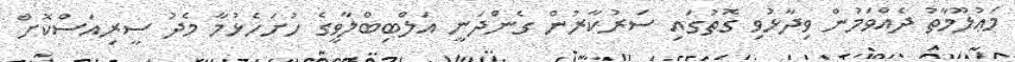
މަޢުލޫމާތު ދެއްވަމުން ވިދާޅުވި ގޮތުގައި ސަރުކާރުން ގެންދަނީ އަލްބިބްލާވީގެ ހުށަހެޅުމާ މެދު ސީރިއަސްކޮށް